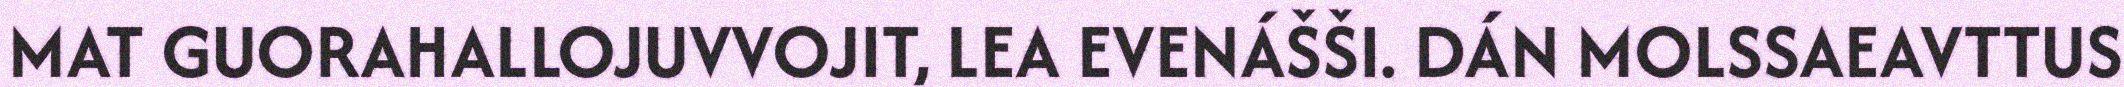
MAT GUORAHALLOJUVVOJIT, LEA EVENÁŠŠI. DÁN MOLSSAEAVTTUS